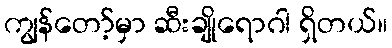
ကျွန်တော့်မှာ ဆီးချိုရောဂါ ရှိတယ်။